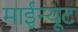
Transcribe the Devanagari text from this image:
माईन्यूट